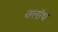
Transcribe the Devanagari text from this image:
क्‍लॉथ